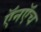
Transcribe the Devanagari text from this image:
ऍनऍच